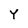
Character: Y